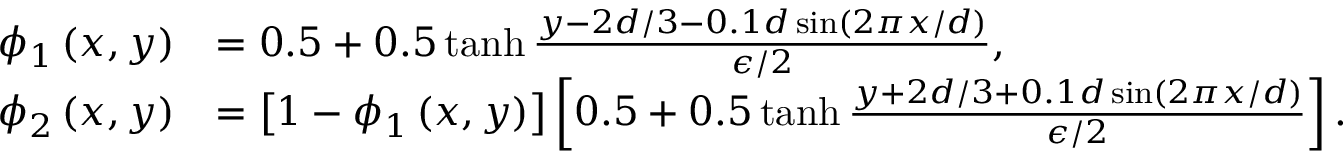
\begin{array} { r l } { \phi _ { 1 } \left( x , y \right) } & { = 0 . 5 + 0 . 5 \operatorname { t a n h } \frac { y - 2 d / 3 - 0 . 1 d \sin \left( 2 \pi x / d \right) } { \epsilon / 2 } , } \\ { \phi _ { 2 } \left( x , y \right) } & { = \left[ 1 - \phi _ { 1 } \left( x , y \right) \right] \left[ 0 . 5 + 0 . 5 \operatorname { t a n h } \frac { y + 2 d / 3 + 0 . 1 d \sin \left( 2 \pi x / d \right) } { \epsilon / 2 } \right] . } \end{array}